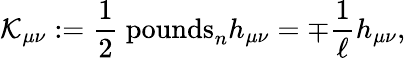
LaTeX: \mathcal{K}_{\mu\nu}:=\frac{{1}}{{2}}\mathrm{{\ pounds}}_{n}h_{\mu\nu}=\mp\frac{{1}}{{\ell}}h_{\mu\nu},